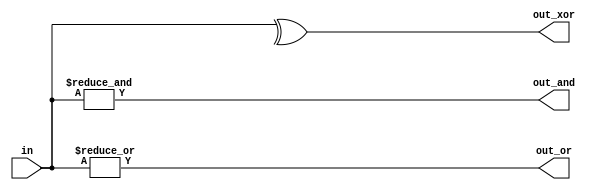
// problem : https://hdlbits.01xz.net/wiki/Gates100
module top_module(
    input [99:0] in,
    output out_and,
    output out_or,
    output out_xor
);
    assign out_and = &in[99:0];
    assign out_or = |in[99:0];
    assign out_xor = ^in[99:0];
endmodule